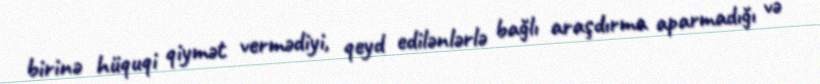
birinə hüquqi qiymət vermədiyi, qeyd edilənlərlə bağlı araşdırma aparmadığı və